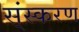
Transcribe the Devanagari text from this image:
स्ंस्करण